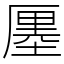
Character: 𠪨